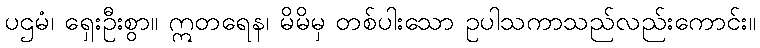
ပဌမံ၊ ရှေးဦးစွာ။ ဣတရေန၊ မိမိမှ တစ်ပါးသော ဥပါသကာသည်လည်းကောင်း။